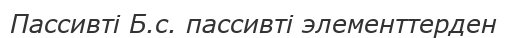
Пассивті Б.с. пассивті элементтерден